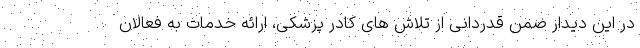
در این دیدار ضمن قدردانی از تلاش های کادر پزشکی، ارائه خدمات به فعالان